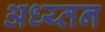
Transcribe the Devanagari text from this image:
अध्य्तन